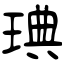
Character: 琠